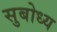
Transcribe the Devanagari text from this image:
सुबोध्य